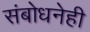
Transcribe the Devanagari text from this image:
संबोधनेही